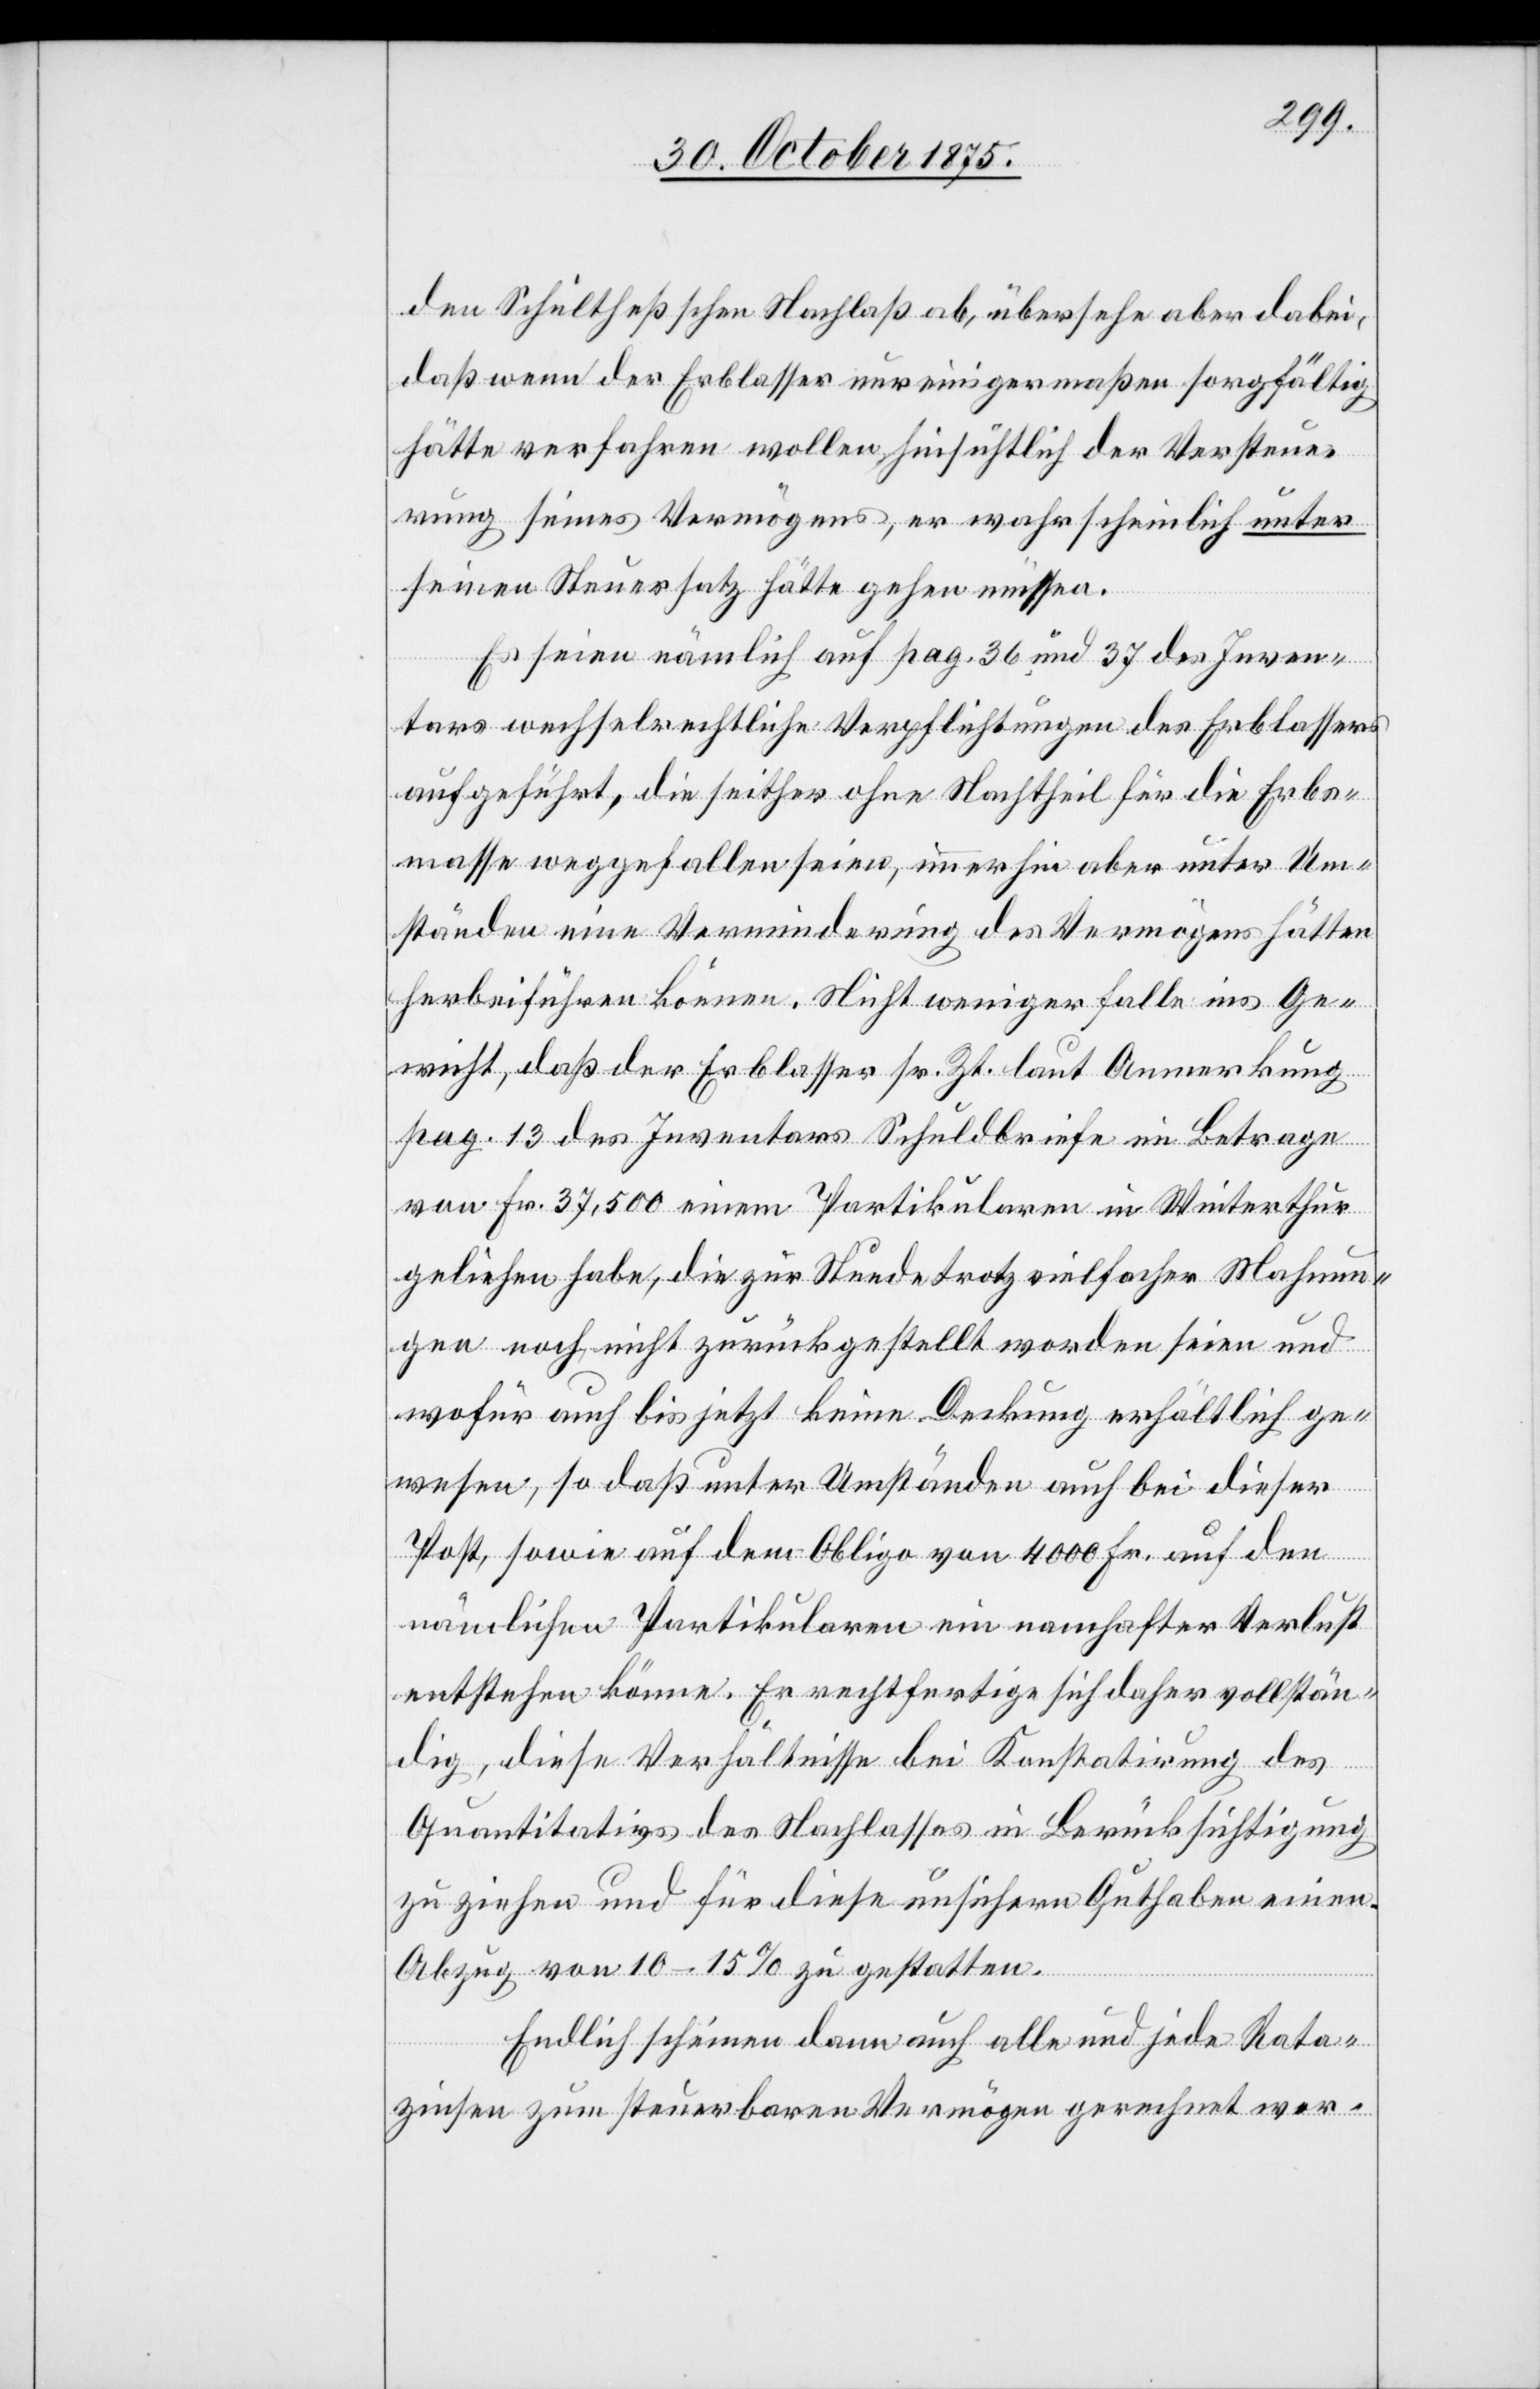
den Schultheßschen Nachlaß ab, übersehe aber dabei,
daß wenn der Erblasser nur einigermaßen sorgfältig
hätte verfahren wollen hinsichtlich der Versteue¬
rung seines Vermögens, er wahrscheinlich unter
seinen Steuersatz hätte gehen müssen.
Es seien nämlich auf pag. 36 und 37 des Inven¬
tars wechselrechtliche Verpflichtungen des Erblassers
aufgeführt, die seither ohne Nachtheil für die Erbs¬
masse weggefallen seien, immerhin aber unter Um¬
ständen eine Verminderung des Vermögens hätten
herbeiführen können. Nicht weniger falle ins Ge¬
wicht, daß der Erblasser sr. Zt. laut Anmerkung
pag. 13 des Inventars Schuldbriefe im Betrage
von Fr. 37,500 einem Partikularen in Winterthur
geliehen habe, die zur Stunde trotz vielfacher Mahnun¬
gen noch nicht zurückgestellt worden seien und
wofür auch bis jetzt keine Deckung erhältlich ge¬
wesen, so daß unter Umständen auch bei dieser
Post, sowie auf dem Obligo von 4000 Fr. auf den
nämlichen Partikularen ein namhafter Verlust
entstehen könne. Er [sic!] rechtfertige sich daher vollstän¬
dig, diese Verhältnisse bei Konstatirung des
Quantitativs des Nachlasses in Berücksichtigung
zu ziehen und für diese unsichern Guthaben einen
Abzug von 10–15% zu gestatten.
Endlich scheinen dann auch alle und jede Rata¬
zinsen zum steuerbaren Vermögen gerechnet wor-